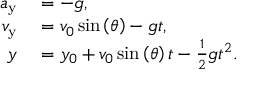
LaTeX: \begin{array} { r l } { a _ { \mathrm { y } } } & { { } = - g , } \\ { v _ { \mathrm { y } } } & { { } = v _ { 0 } \sin \left( \theta \right) - g t , } \\ { y } & { { } = y _ { 0 } + v _ { 0 } \sin \left( \theta \right) t - { \frac { 1 } { 2 } } g t ^ { 2 } . } \end{array}